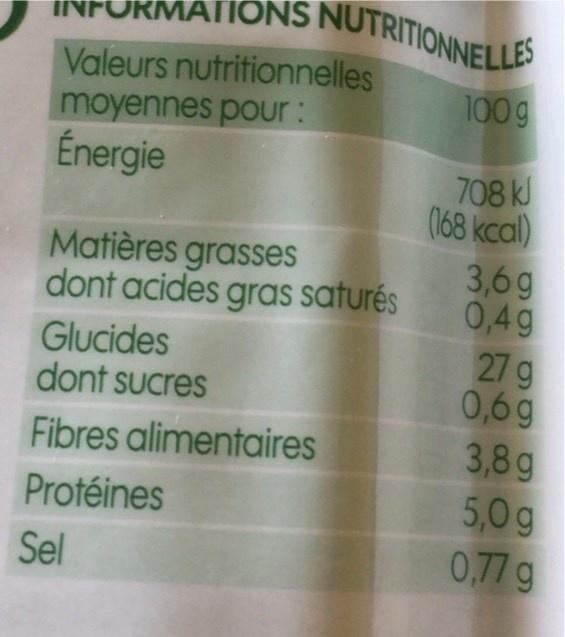
ATIONS NUTRITIONNELLES
INF
Valeurs nutritionnelles moyennes pour: Énergie
100g
708 kl (168 kcal) 3,6g 0,49 27 g 0,6g 3,8g 5,0 g 0,77g
Matières grasses dont acides gras saturés
Glucides dont sucres
Fibres alimentaires
Protéines
Sel